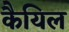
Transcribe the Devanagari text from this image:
कैयिल